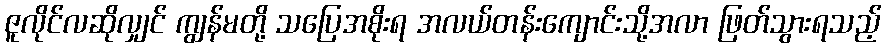
ဇူလိုင်လဆိုလျှင် ကျွန်မတို့ သပြေအစိုးရ အလယ်တန်းကျောင်းသို့အလာ ဖြတ်သွားရသည့်